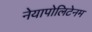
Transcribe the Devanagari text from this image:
नेयापोलिटेनम